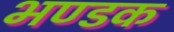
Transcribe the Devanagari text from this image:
भण्डक